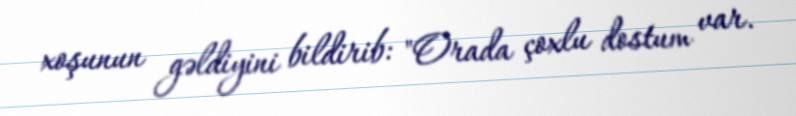
xoşunun gəldiyini bildirib: "Orada çoxlu dostum var.